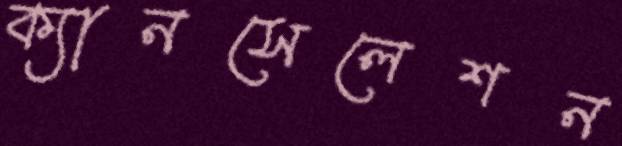
ক্যানসেলেশন